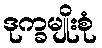
ဒုက္ခမျိုးစုံ